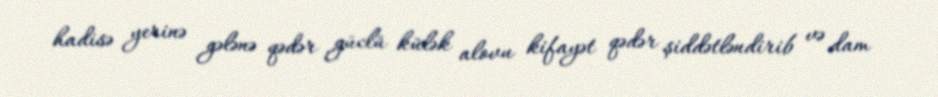
hadisə yerinə gələnə qədər güclü külək alovu kifayət qədər şiddətləndirib və dam